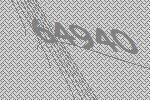
64940